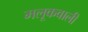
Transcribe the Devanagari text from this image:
मलूकवाली